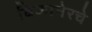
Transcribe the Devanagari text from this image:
बिकानेरचे